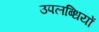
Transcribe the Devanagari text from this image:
उपलब्‍धियों